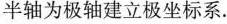
半轴为极轴建立极坐标系.